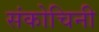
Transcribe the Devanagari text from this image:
संकोचिनी